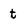
Character: t